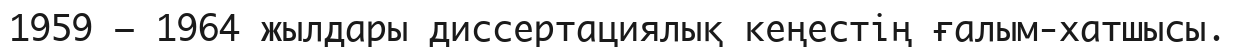
1959 – 1964 жылдары диссертациялық кеңестің ғалым-хатшысы.